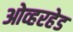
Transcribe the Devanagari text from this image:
ओव्हरहेड